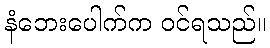
နံဘေးပေါက်က ဝင်ရသည်။